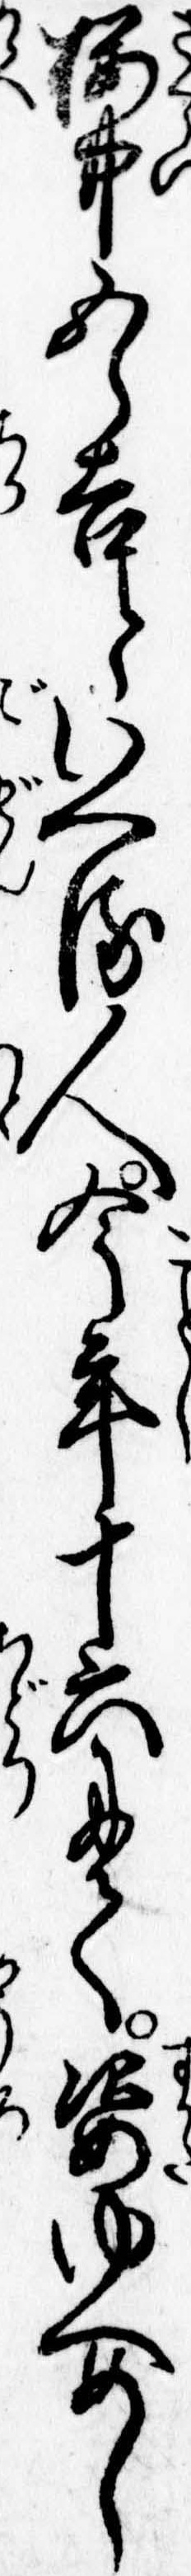
桜井五郎吉といへる人今年十六にて姿ゆへめし